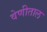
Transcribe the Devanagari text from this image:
वेणीताल